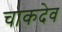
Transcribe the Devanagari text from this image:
चाकदेव